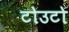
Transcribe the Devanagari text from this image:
टोउटो